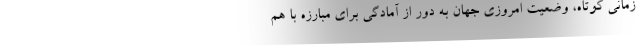
زمانی کوتاه، وضعیت امروزی جهان به دور از آمادگی برای مبارزه با هم